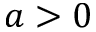
a > 0